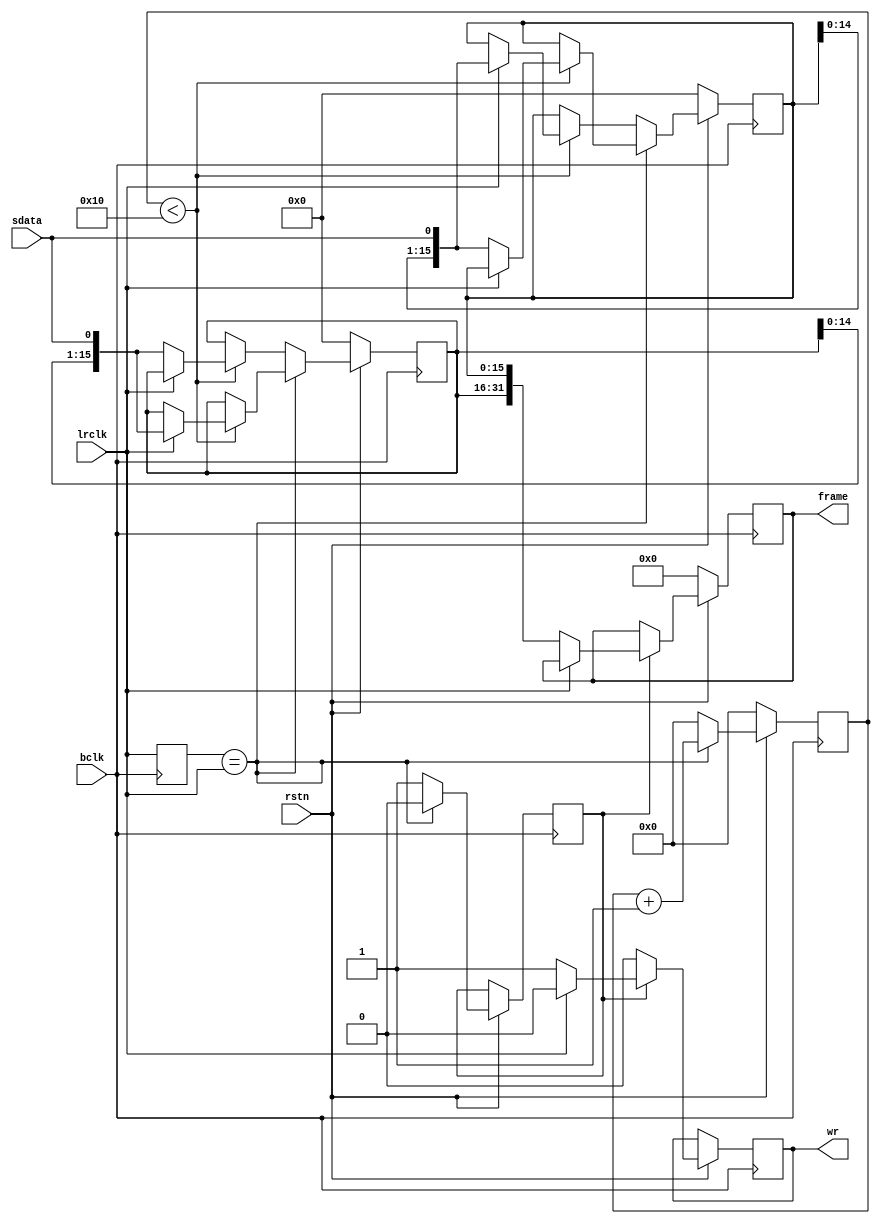
module serdes (
    input bclk,
    input lrclk,
    input sdata,
    input rstn,
    output reg [31:0]frame,
    output reg wr
);

reg [15:0] subfr_l;
reg [15:0] subfr_r;

reg [7:0]count;

reg last_ch;
reg chan_flag;

always @(posedge bclk) begin
    if (~rstn) begin
        subfr_l <= 16'h0;
        subfr_r <= 16'h0;
        count <= 8'h0;
        frame <= 32'h0;
        last_ch <= lrclk;
    end
    else begin
        if (wr) begin
            wr <= 0;
        end

        if (chan_flag) begin
            // we've got a subframe
            if (lrclk == 0) begin
                // R -> L; time to enqueue a frame
                frame <= {subfr_r[15:0], subfr_l[15:0]};
                wr <= 1;
            end
        end

        if (last_ch == lrclk) begin
            chan_flag <= 0;
            count <= count + 8'h1;

            if (count < 8'd16) begin
                if (lrclk == 0) begin
                    subfr_l <= {subfr_l[14:0], sdata};
                end
                else begin
                    subfr_r <= {subfr_r[14:0], sdata};
                end
            end
        end
        else begin
            chan_flag <= 1;
            count <= 8'd0;

            if (count < 8'd16) begin
                if (lrclk == 0) begin
                    subfr_r <= {subfr_r[14:0], sdata};
                end
                else begin
                    subfr_l <= {subfr_l[14:0], sdata};
                end
            end
        end

        last_ch <= lrclk;
    end
end
endmodule